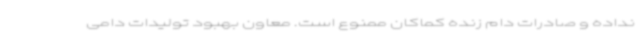
نداده و صادرات دام زنده کماکان ممنوع است. معاون بهبود تولیدات دامی